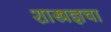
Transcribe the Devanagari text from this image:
शास्त्रज्ञचा